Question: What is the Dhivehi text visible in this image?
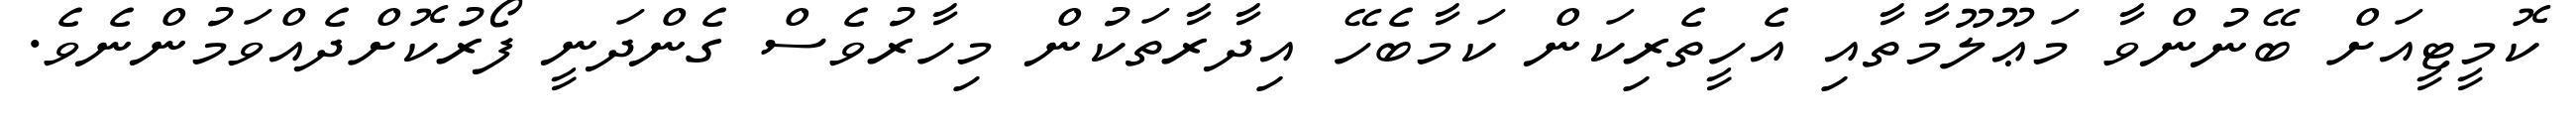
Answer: ކޮމީޓީއަށް ބޭނުންވާ މަޢޫލޫމާތާއި އެހީތެރިކަން ކަމާބެހޭ އިދާރާތަކުން މިހާރުވެސް ގެންދަނީ ފޯރުކޮށްދެއްވަމުންނެވެ.